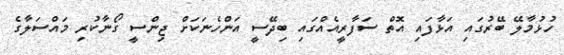
ހުޅުމާލޭ ބޭރުގައި އަޅާފައި އޮތް ސަފާރީއެއްގައި ބިދޭސީ އަންހެނަކަށް ޖިންސީ ގޯނާކުރި މައްސަލާގެ